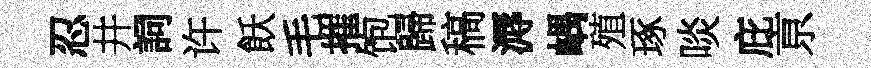
忍井詞许飫毛摧饱歸稿溽嵎殖琢啖庇亰